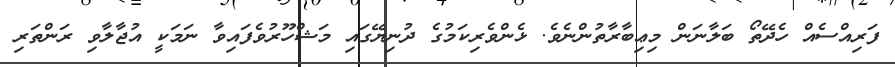
ފަރިއްސެއް ހެދޭތޯ ބަލާނަން މިޢިބާރާތުންނެވެ. ޅެންވެރިކަމުގެ ދުނިޔޭގައި މަޝްހޫރުވެފައިވާ ނަމަކީ އުޖާލާވި ރަންތަރި